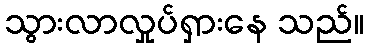
သွားလာလှုပ်ရှားနေ သည်။